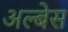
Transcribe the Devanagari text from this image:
अल्बेस